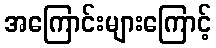
အကြောင်းများကြောင့်